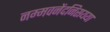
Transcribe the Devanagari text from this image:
नम्मवनेंदनिसयया